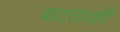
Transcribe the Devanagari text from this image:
वाटतातही